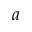
a